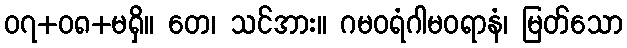
၀၇+၀၈+မရှိ။ တေ၊ သင်အား။ ဂမဝရံဂါမဝရာနံ၊ မြတ်သော